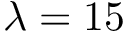
\lambda = 1 5